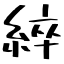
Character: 綷